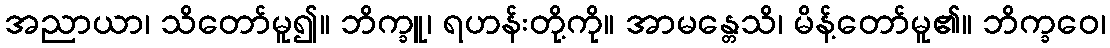
အညာယာ၊ သိတော်မူ၍။ ဘိက္ခူ၊ ရဟန်းတို့ကို။ အာမန္တေသိ၊ မိန့်တော်မူ၏။ ဘိက္ခဝေ၊